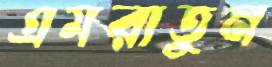
এমরাতুন